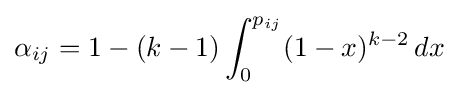
\alpha _{ij}=1-(k-1)\int _{0}^{p_{ij}}(1-x)^{k-2}\,dx